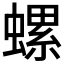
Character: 螺